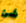
شئ